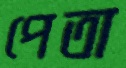
পেতা